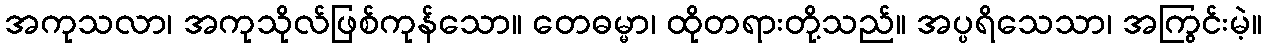
အကုသလာ၊ အကုသိုလ်ဖြစ်ကုန်သော။ တေဓမ္မာ၊ ထိုတရားတို့သည်။ အပ္ပရိသေသာ၊ အကြွင်းမဲ့။